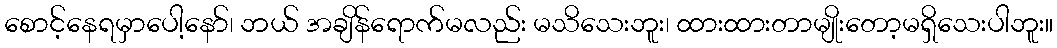
စောင့်နေရမှာပေါ့နော်၊ ဘယ် အချိန်ရောက်မလည်း မသိသေးဘူး၊ ထားထားတာမျိုးတော့မရှိသေးပါဘူး။